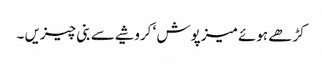
کڑھے ہوئے میز پوش ‘ کروشیے سے بنی چیزیں ۔